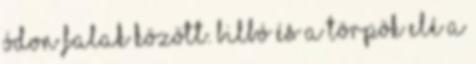
ódon falak között. Bilbó és a törpök elé a